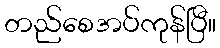
တည်စေအပ်ကုန်ပြီ။